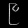
Digit: ၉